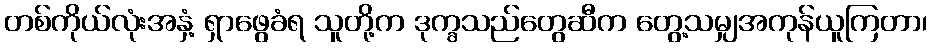
တစ်ကိုယ်လုံးအနှံ့ ရှာဖွေခံရ သူတို့က ဒုက္ခသည်တွေဆီက တွေ့သမျှအကုန်ယူကြတာ၊